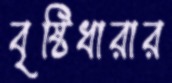
বৃষ্টিধারার